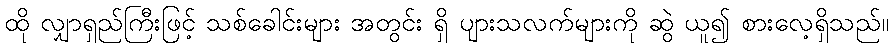
ထို လျှာရှည်ကြီးဖြင့် သစ်ခေါင်းများ အတွင်း ရှိ ပျားသလက်များကို ဆွဲ ယူ၍ စားလေ့ရှိသည်။